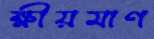
ক্ষীয়মাণ